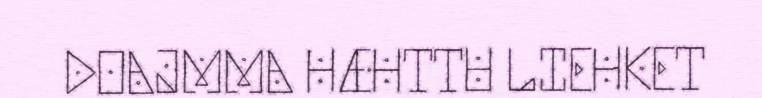
DOAJMMA HÆHTTU LIEHKET